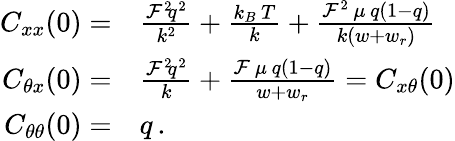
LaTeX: \begin{array}{rl}{C_{xx}(0)=}&{\frac{{\cal F}^{2}\! q^{2}}{k^{2}}+\frac{k_{B}\, T}{k}+\frac{{\cal F}^{2}\, \mu\, q(1-q)}{k(w+w_{r})}}\\ {C_{\theta x}(0)=}&{\frac{{\cal F}^{2}\! q^{2}}{k}+\frac{{\cal F}\, \mu\, q(1-q)}{w+w_{r}}=C_{x\theta}(0)}\\ {C_{\theta\theta}(0)=}&{q\, .}\end{array}